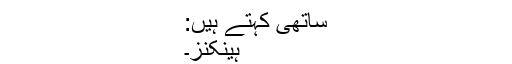
ساتھی کہتے ہیں:
ہینکنز۔